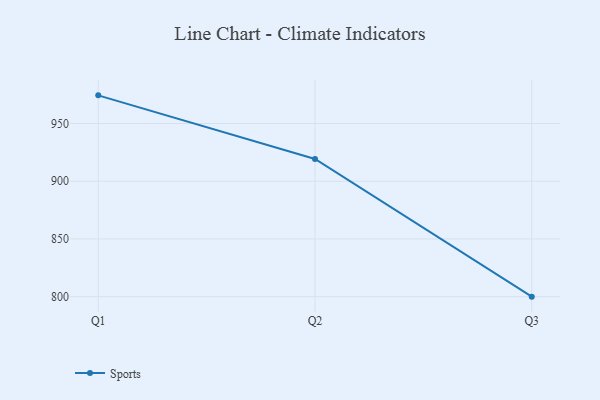
{"axis": {"x": "Quarter", "y": "Conversion Rate (%)"}, "legend": ["Sports"], "data": [{"x": "Q1", "y": 974.4, "type": "Sports"}, {"x": "Q2", "y": 919.3, "type": "Sports"}, {"x": "Q3", "y": 800, "type": "Sports"}]}